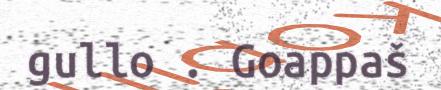
gullo . Goappaš